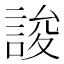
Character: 誜